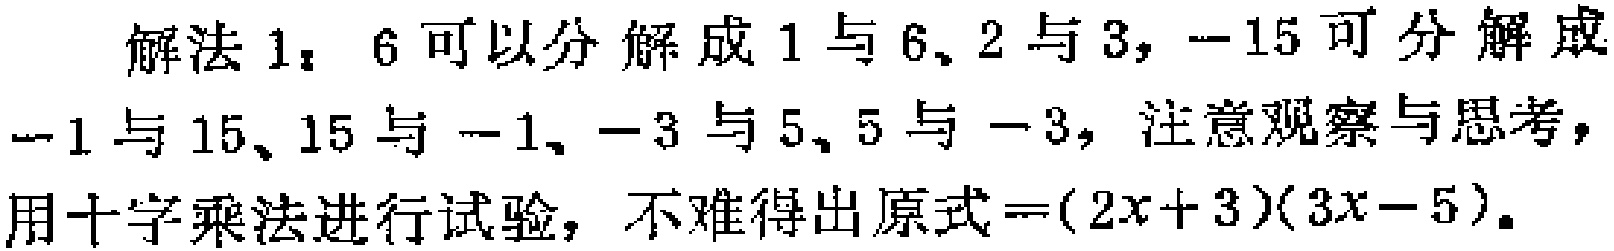
解法1：6可以分解成1与6、2与3，$-15$可分解成$-1$与15、15与$-1$、$-3$与5、5与$-3$，注意观察与思考，用十字乘法进行试验，不难得出原式$=(2x + 3)(3x - 5)$。